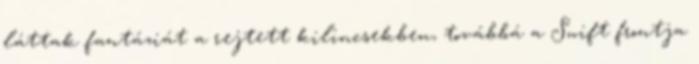
láttak fantáziát a rejtett kilincsekben, továbbá a Swift frontja